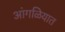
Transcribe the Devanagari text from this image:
आंगळियात